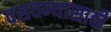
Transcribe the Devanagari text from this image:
वसवण्यासाठी